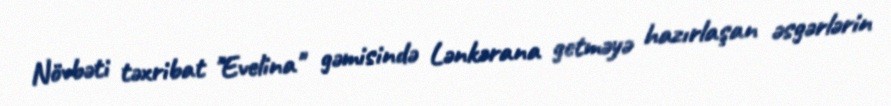
Növbəti təxribat "Evelina" gəmisində Lənkərana getməyə hazırlaşan əsgərlərin